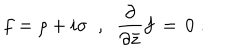
LaTeX: f = \rho + i \sigma \; \; , \; \; \frac { \partial } { \partial { \bar { z } } } f \, = \, 0 \; .